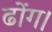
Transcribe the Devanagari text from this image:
ढोंग।